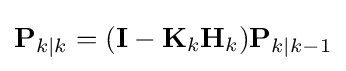
\mathbf {P} _{k|k}=(\mathbf {I} -\mathbf {K} _{k}\mathbf {H} _{k})\mathbf {P} _{k|k-1}